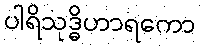
ပါရိသုဒ္ဓိဟာရကော